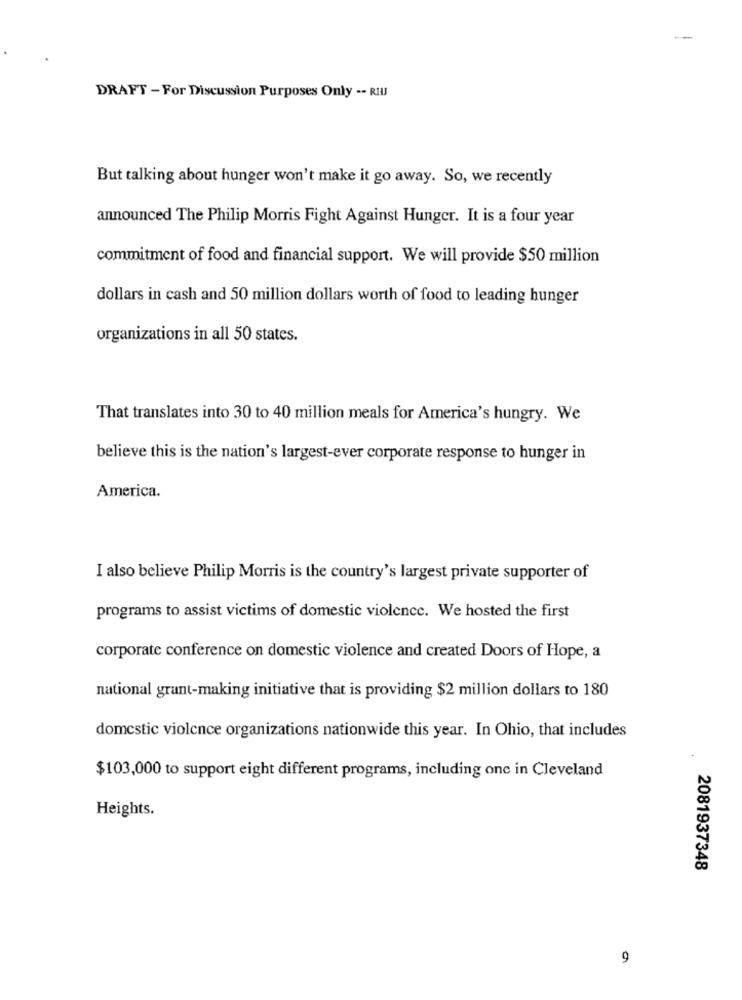
DRAFT - For Discussion Purposes Only -- RIUJ
But talking about hunger won't make it go away. So, we recently
announced The Philip Morris Fight Against Hunger. It is a four year
commitment of food and financial support. We will provide $50 million
dollars in cash and 50 million dollars worth of food to leading hunger
organizations in all 50 states.
That translates into 30 to 40 million meals for America's hungry. We
believe this is the nation's largest-ever corporate response to hunger in
America.
I also believe Philip Morris is the country's largest private supporter of
programs to assist victims of domestic violence. We hosted the first
corporate conference on domestic violence and created Doors of Hope, a
national grant-making initiative that is providing $2 million dollars to 180
domestic violence organizations nationwide this year. In Ohio, that includes
$103,000 to support eight different programs, including one in Cleveland
Heights.
2081937348
9